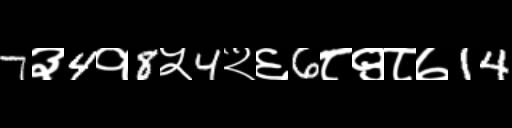
Text: 7३4१8५4२६6८९८७14